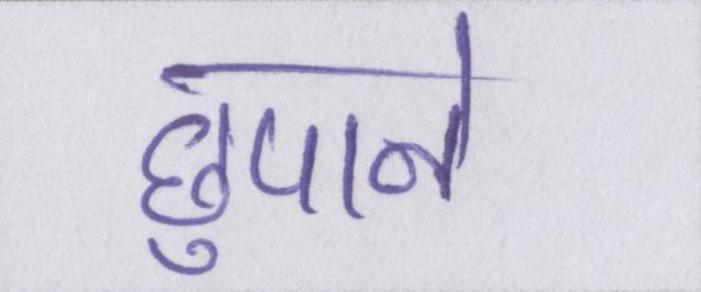
छुपाने